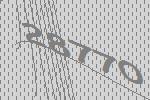
28770